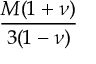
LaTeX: \frac { M ( 1 + \nu ) } { 3 ( 1 - \nu ) }